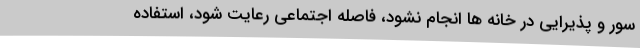
سور و پذیرایی در خانه ها انجام نشود، فاصله اجتماعی رعایت شود، استفاده